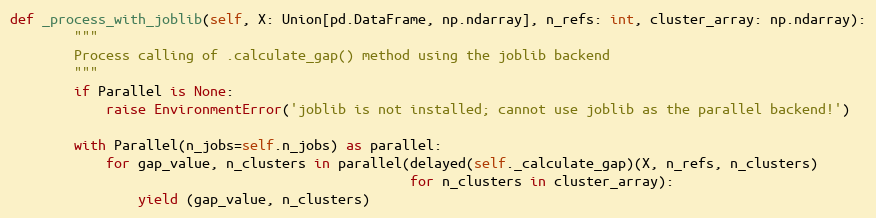
Language: Python
def _process_with_joblib(self, X: Union[pd.DataFrame, np.ndarray], n_refs: int, cluster_array: np.ndarray):
        """
        Process calling of .calculate_gap() method using the joblib backend
        """
        if Parallel is None:
            raise EnvironmentError('joblib is not installed; cannot use joblib as the parallel backend!')

        with Parallel(n_jobs=self.n_jobs) as parallel:
            for gap_value, n_clusters in parallel(delayed(self._calculate_gap)(X, n_refs, n_clusters)
                                                  for n_clusters in cluster_array):
                yield (gap_value, n_clusters)